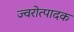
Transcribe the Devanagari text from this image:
ज्वरोत्पादक